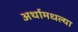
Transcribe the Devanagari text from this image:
अर्थामधल्या